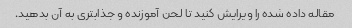
مقاله داده شده را ویرایش کنید تا لحن آموزنده و جذابتری به آن بدهید.